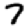
Digit: 7